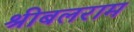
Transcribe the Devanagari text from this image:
श्रीबलराम